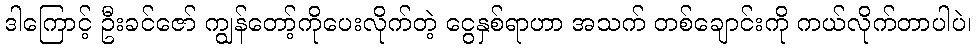
ဒါကြောင့် ဦးခင်ဇော် ကျွန်တော့်ကိုပေးလိုက်တဲ့ ငွေနှစ်ရာဟာ အသက် တစ်ချောင်းကို ကယ်လိုက်တာပါပဲ၊